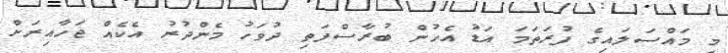
މި މައްސަލައިގެ ފުރަތަމަ އަޑު އެހުން ބުރާސްފަތި ދުވަހު މެންދުރު އެކެއް ޖަހާއިރަށް